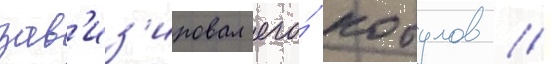
зав'из'ировал его́ кобулов /